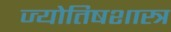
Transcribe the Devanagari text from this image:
ज्याेतिषशास्त्र